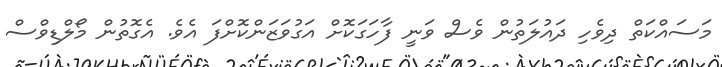
މަސައްކަތް ދިވެހި ދައުލަތުން ވެސް ވަނީ ފާހަގަކޮށް އަގުވަޒަންކޮށްފަ އެވެ. އެގޮތުން މޯލްޑިވްސް